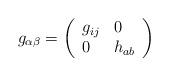
LaTeX: \begin{align*}g_{\alpha \beta }=\left(\begin{array}{ll}g_{ij} & 0 \\0 & h_{ab}\end{array}\right) \end{align*}